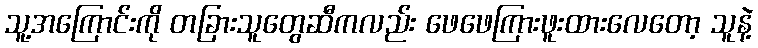
သူ့အကြောင်းကို တခြားသူတွေဆီကလည်း ဖေဖေကြားဖူးထားလေတော့ သူနဲ့